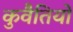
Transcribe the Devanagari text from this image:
कुवैतियों